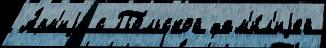
А́рм'иjу с По́льской фам'и́л'иjей